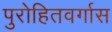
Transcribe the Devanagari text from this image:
पुरोहितवर्गास